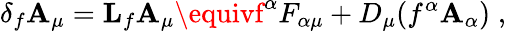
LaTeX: \delta_{f}\mathbf{A}_{\mu}={\mathbf{L}}_{f}\mathbf{A}_{\mu}\equivf^{\alpha}F_{\alpha\mu}+D_{\mu}(f^{\alpha}\mathbf{A}_{\alpha})\; ,